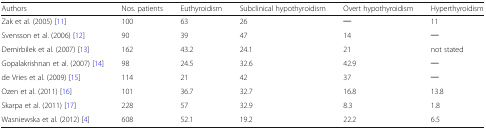
| Authors | Nos. patients | Euthyroidism | Subclinical hypothyroidism | Overt hypothyroidism | Hyperthyroidism |
 | --- | --- | --- | --- | --- | --- |
 | Zak et al. (2005) [11] | 100 | 63 | 26 | ─ | 11 |
 | Svensson et al. (2006) [12] | 90 | 39 | 47 | 14 | ─ |
 | Demirbilek et al. (2007) [13] | 162 | 43.2 | 24.1 | 21 | not stated |
 | Gopalakrishnan et al. (2007) [14] | 98 | 24.5 | 32.6 | 42.9 | ─ |
 | de Vries et al. (2009) [15] | 114 | 21 | 42 | 37 | ─ |
 | Ozen et al. (2011) [16] | 101 | 36.7 | 32.7 | 16.8 | 13.8 |
 | Skarpa et al. (2011) [17] | 228 | 57 | 32.9 | 8.3 | 1.8 |
 | Wasniewska et al. (2012) [4] | 608 | 52.1 | 19.2 | 22.2 | 6.5 |